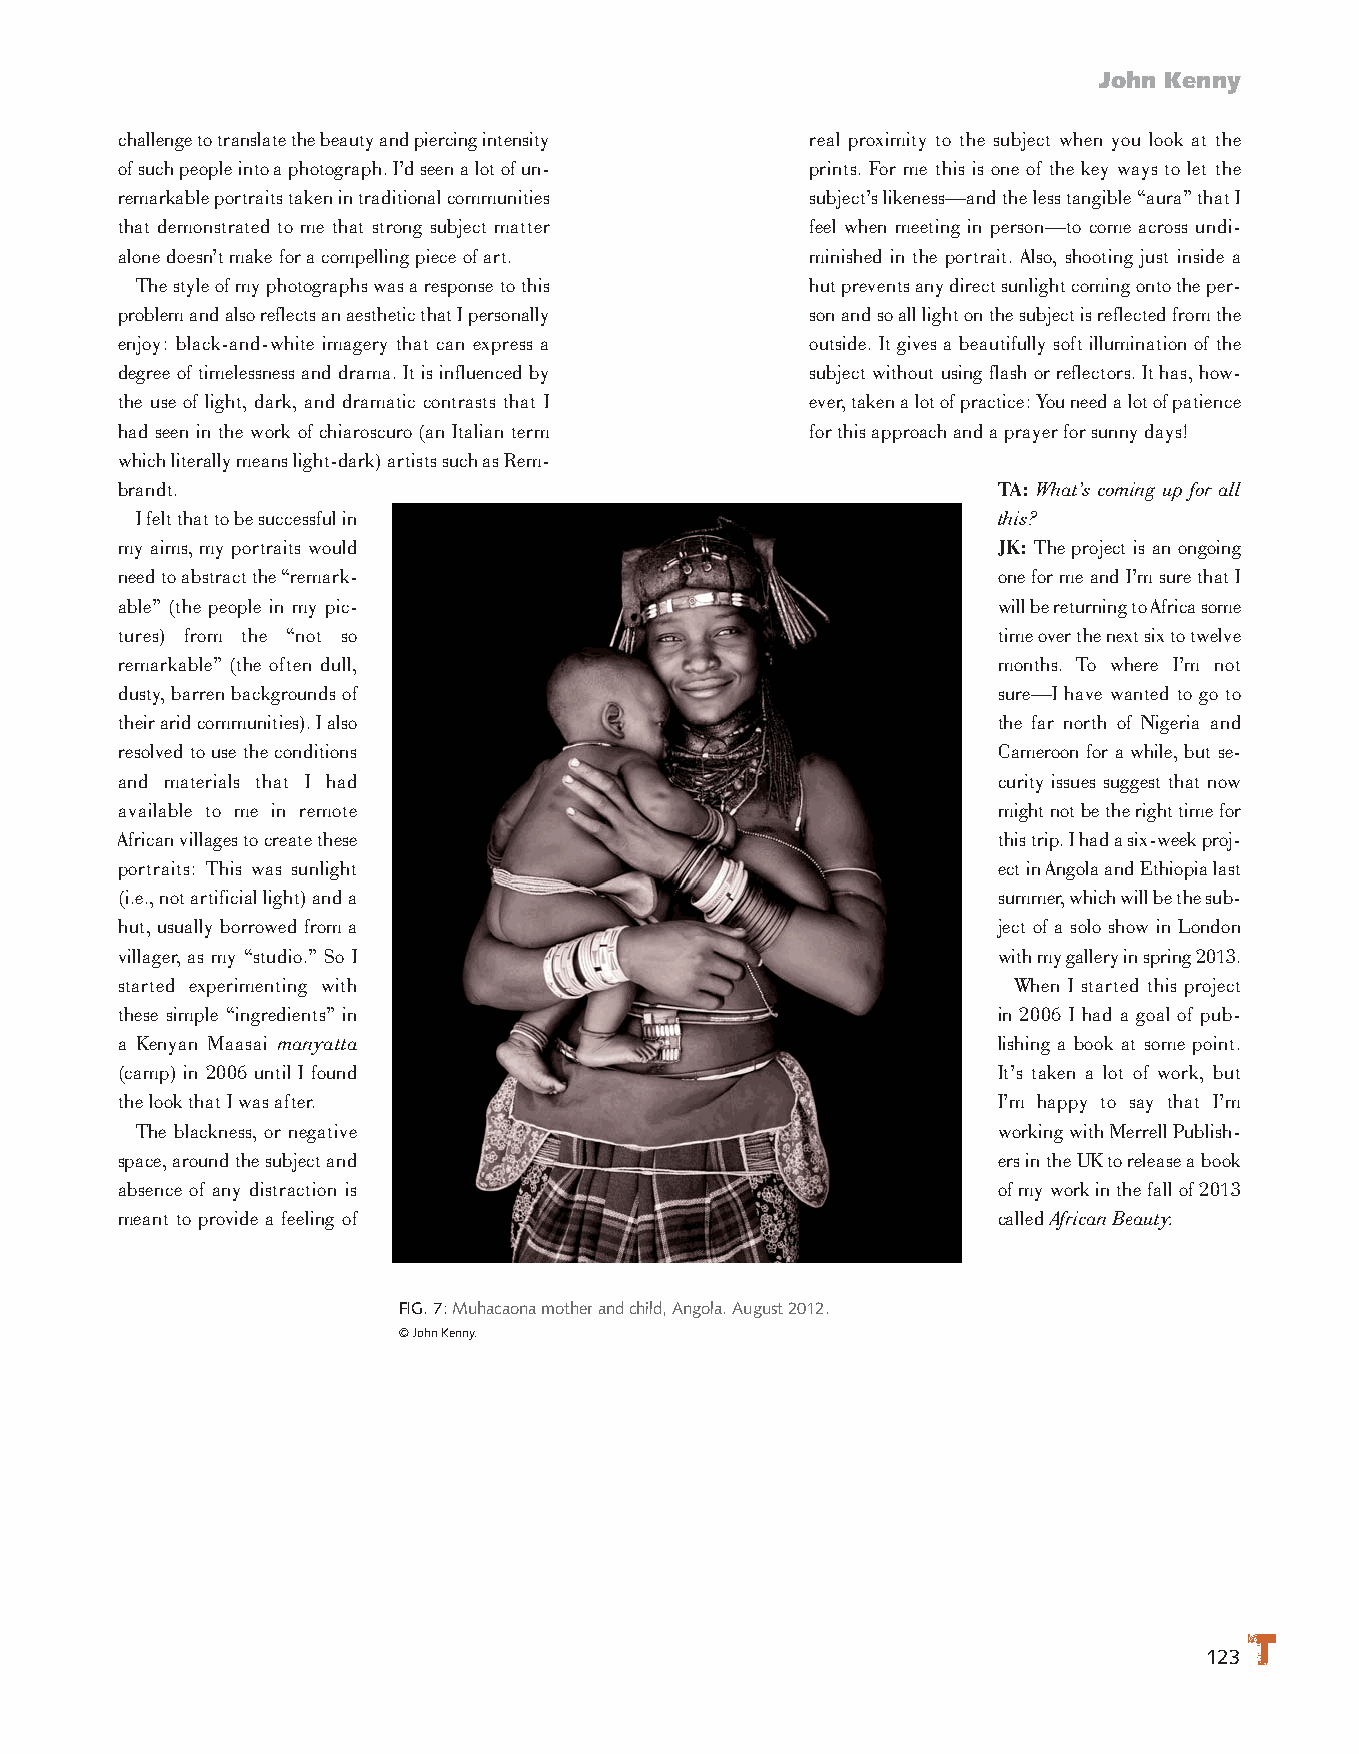
John Kenny
 challenge to translate the beauty and piercing intensity real proximity to the subject when you look at the
 of such people into a photograph. I’d seen a lot of un- prints. For me this is one of the key ways to let the
 remarkable portraits taken in traditional communities subject’s likeness—and the less tangible “aura” that I
 that demonstrated to me that strong subject matter feel when meeting in person—to come across undi-
 alone doesn’t make for a compelling piece of art. minished in the portrait. Also, shooting just inside a
 The style of my photographs was a response to this hut prevents any direct sunlight coming onto the per-
 problem and also reflects an aesthetic that I personally son and so all light on the subject is reflected from the
 enjoy: black-and-white imagery that can express a outside. It gives a beautifully soft illumination of the
 degree of timelessness and drama. It is influenced by subject without using flash or reflectors. It has, how-
 the use of light, dark, and dramatic contrasts that I ever, taken a lot of practice: You need a lot of patience
 had seen in the work of chiaroscuro (an Italian term for this approach and a prayer for sunny days!
 which literally means light-dark) artists such as Rem-
 brandt.                                                   TA: What’s coming up for all
 I felt that to be successful in                          this?
 my aims, my portraits would                               JK: The project is an ongoing
 need to abstract the “remark-                             one for me and I’m sure that I
 able” (the people in my pic-                              will be returning to Africa some
 tures) from the “not so                                   time over the next six to twelve
 remarkable” (the often dull,                              months. To where I’m not
 dusty, barren backgrounds of                              sure—I have wanted to go to
 their arid communities). I also                           the far north of Nigeria and
 resolved to use the conditions                            Cameroon for a while, but se-
 and materials that I had                                  curity issues suggest that now
 available to me in remote                                 might not be the right time for
 African villages to create these                          this trip. I had a six-week proj-
 portraits: This was sunlight                              ect in Angola and Ethiopia last
 (i.e., not artificial light) and a                        summer, which will be the sub-
 hut, usually borrowed from a                              ject of a solo show in London
 villager, as my “studio.” So I                            with my gallery in spring 2013.
 started experimenting with                                 When I started this project
 these simple “ingredients” in                             in 2006 I had a goal of pub-
 a Kenyan Maasai manyatta                                  lishing a book at some point.
 (camp) in 2006 until I found                              It’s taken a lot of work, but
 the look that I was after.                                I’m happy to say that I’m
 The blackness, or negative                               working with Merrell Publish-
 space, around the subject and                             ers in the UK to release a book
 absence of any distraction is                             of my work in the fall of 2013
 meant to provide a feeling of                             called African Beauty.
 FIG. 7:Muhacaona mother and child, Angola. August 2012.
 © John Kenny.
 123